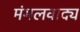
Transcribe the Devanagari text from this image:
मंगलवाद्य